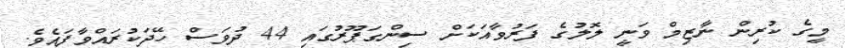
މީގެ ކުރިން ނާޒިމް ވަނީ ލޮލުގެ ފަރުވާއަކަށް ސިންގަޕޫރުގައި 44 ދުވަސް ހޭދަކުރައްވާފައެވެ.